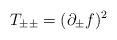
LaTeX: \begin{align*}\:T_{\pm \pm } = (\partial_{\pm }f)^{2}\:\end{align*}